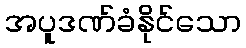
အပူဒဏ်ခံနိုင်သော